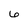
Character: 6